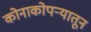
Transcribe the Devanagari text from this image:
कोनाकोपऱ्यातून